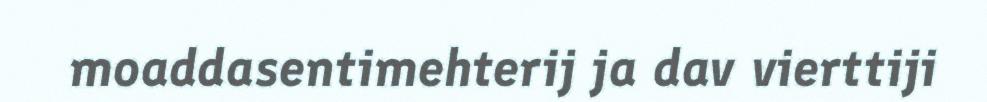
moaddasentimehterij ja dav vierttiji